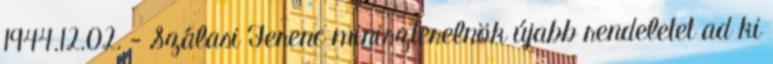
1944.12.02. - Szálasi Ferenc miniszterelnök újabb rendeletet ad ki